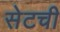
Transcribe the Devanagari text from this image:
सेटची